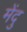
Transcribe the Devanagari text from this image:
मेंदु